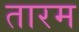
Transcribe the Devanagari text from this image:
तारम